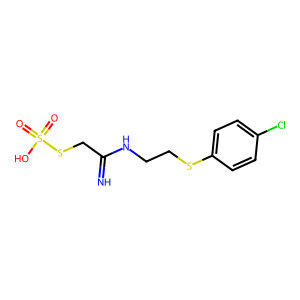
SMILES: N=C(CSS(=O)(=O)O)NCCSc1ccc(Cl)cc1
Inhibits HIV replication: No